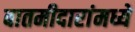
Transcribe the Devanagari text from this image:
बातमीदारांमध्ये